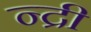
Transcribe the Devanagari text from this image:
न्द्री